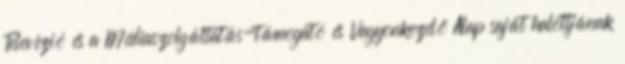
Televízió és a Médiaszolgáltatás-támogató és Vagyonkezelő Alap saját halottjának